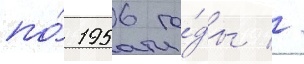
по́ 1956 го́ды //